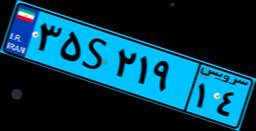
۳۵S۲۱۹۱۴